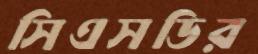
সিএসডির